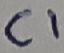
Text: C1